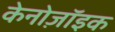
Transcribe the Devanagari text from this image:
केनोज़ॉइक